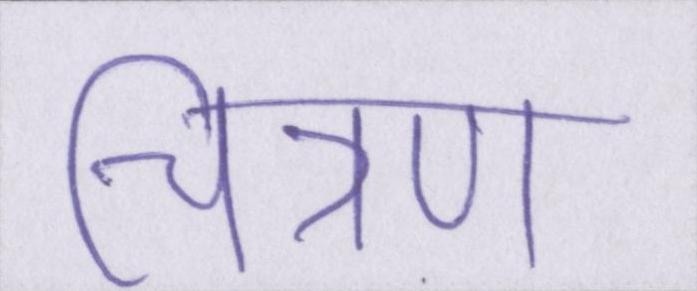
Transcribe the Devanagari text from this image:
चित्रण